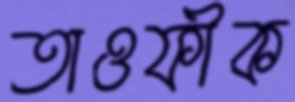
তাওফীক